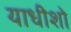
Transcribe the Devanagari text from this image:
याधीशो